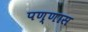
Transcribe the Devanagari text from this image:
पण्णास